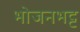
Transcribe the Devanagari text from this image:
भोजनभट्ट